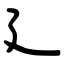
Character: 廴